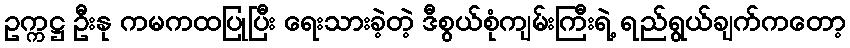
ဥက္ကဋ္ဌ ဦးနု ကမကထပြုပြီး ရေးသားခဲ့တဲ့ ဒီစွယ်စုံကျမ်းကြီးရဲ့ ရည်ရွယ်ချက်ကတော့